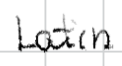
Text: Latin
Cross-out: clean
Writing tool: digital_black